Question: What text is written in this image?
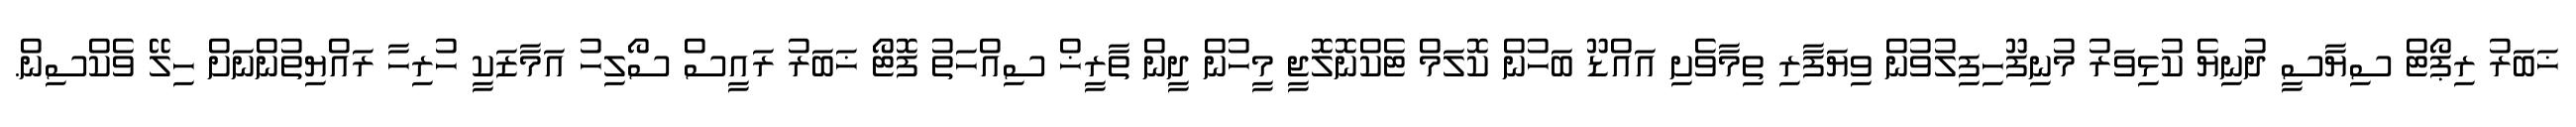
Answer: ޚަބަރު ރިޕޯޓް ސިޔާސީ ދުނިޔެ ކުޅިވަރު މުނިފޫހިފިލުވުން ވިޔަފާރި ތިމާވެށި އައްޑޫ ބަހުން ކޮލަމް ޓެކްނޮލޮޖީ މީހުން ދީން ތާރީޚް ސިއްހަތު ފޮޓޯ ޚަބަރު ރައީސް ސޯލިހު އަމާޒަކީ ހުރިހާ ރައްޔިތުންނަށް ހިލޭ ވެކްސިން.